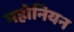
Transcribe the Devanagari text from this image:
महोनियन